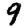
Digit: 9